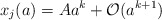
\begin{align*}x_{j}(a)=A a^k + \mathcal{O}(a^{k+1})\end{align*}